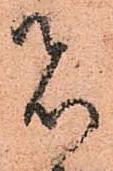
者